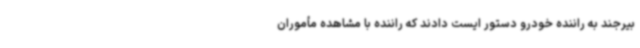
بیرجند به راننده خودرو دستور ایست دادند که راننده با مشاهده مأموران